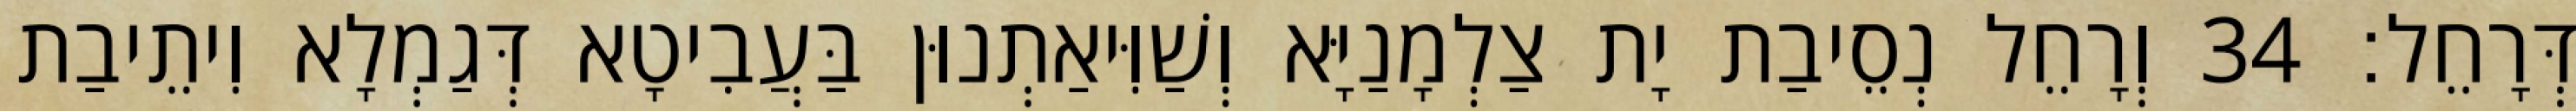
דְּרָחֵל׃ 34 וְרָחֵל נְסֵיבַת יָת צַלְמָנַיָּא וְשַׁוִּיאַתְנוּן בַּעֲבִיטָא דְּגַמְלָא וִיתֵיבַת